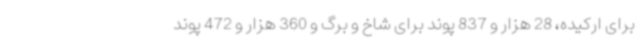
برای ارکیده، 28 هزار و 837 پوند برای شاخ و برگ و 360 هزار و 472 پوند